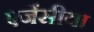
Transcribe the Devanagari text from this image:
एजेंसीया